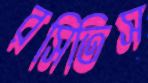
রসিতিস